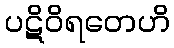
ပဋိဝိရတေဟိ